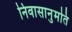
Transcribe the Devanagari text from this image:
निवासानुमति